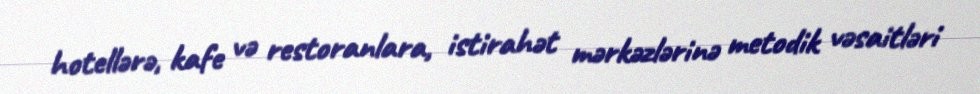
hotellərə, kafe və restoranlara, istirahət mərkəzlərinə metodik vəsaitləri